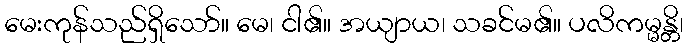
မေးကုန်သည်ရှိသော်။ မေ၊ ငါ၏။ အယျာယ၊ သခင်မ၏။ ပလိကမ္မန္တိ၊